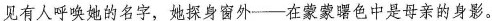
见有人呼唤她的名字，她探身窗外—在蒙蒙曙色中是母亲的身影。